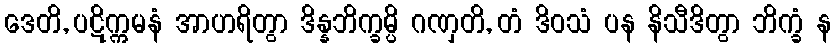
ဒေတိ, ပဋိက္ကမနံ အာဟရိတွာ ဒိန္နဘိက္ခမ္ပိ ဂဏှတိ, တံ ဒိဝသံ ပန နိသီဒိတွာ ဘိက္ခံ န